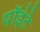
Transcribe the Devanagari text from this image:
पॉइंटे